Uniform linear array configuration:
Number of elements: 24
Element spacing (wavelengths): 0.75
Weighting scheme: hamming
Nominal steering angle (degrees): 45
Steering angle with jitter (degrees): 46.201
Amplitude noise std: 0.05
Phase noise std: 0.05

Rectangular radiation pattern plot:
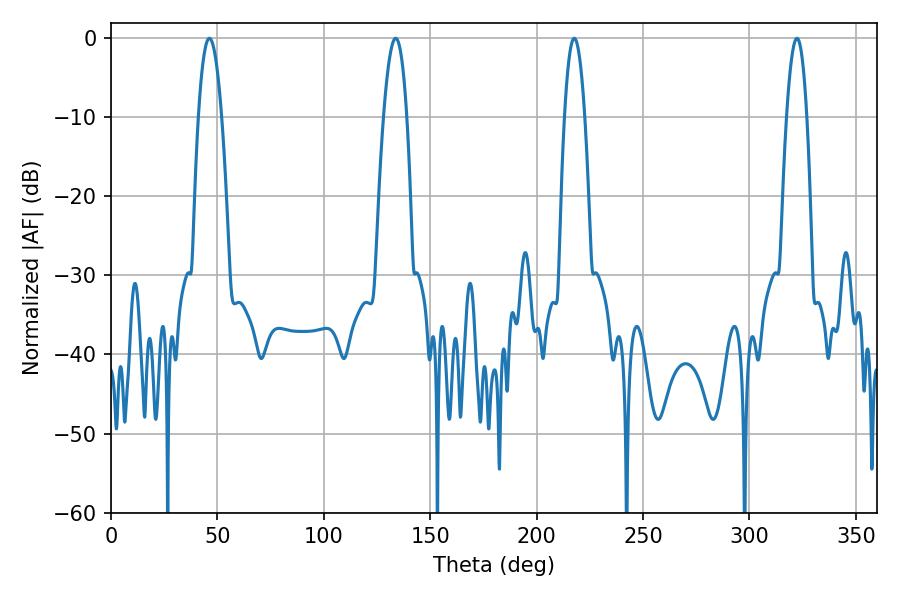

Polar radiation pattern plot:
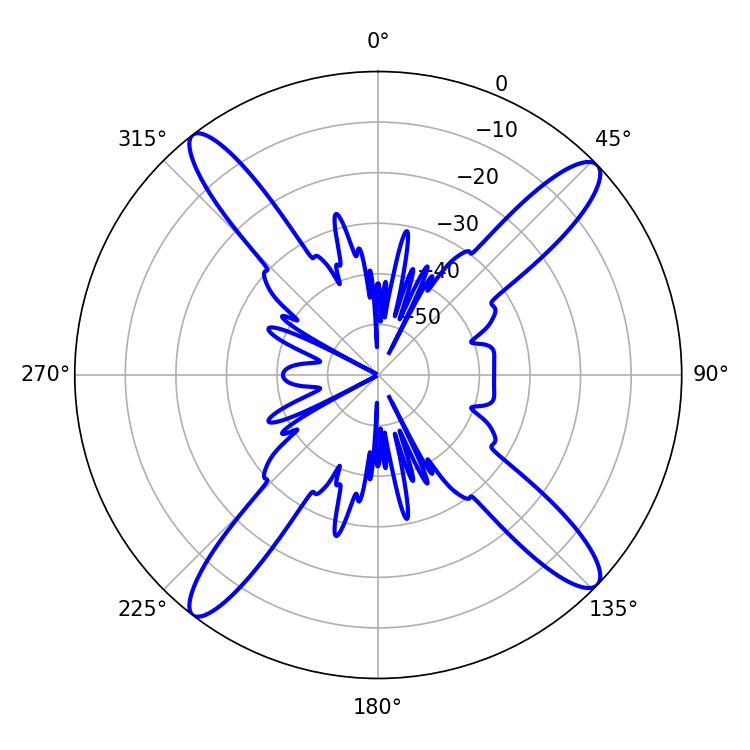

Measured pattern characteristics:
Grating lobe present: TRUE
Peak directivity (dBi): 16.667
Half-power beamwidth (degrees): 5.94
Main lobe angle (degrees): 46.26